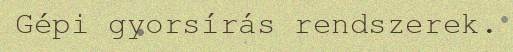
Gépi gyorsírás rendszerek.